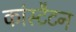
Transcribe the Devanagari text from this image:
कांस्टैटन